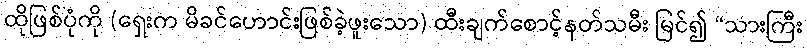
ထိုဖြစ်ပုံကို (ရှေးက မိခင်ဟောင်းဖြစ်ခဲ့ဖူးသော) ထီးချက်စောင့်နတ်သမီး မြင်၍ “သားကြီး